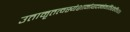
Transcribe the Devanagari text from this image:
उतामृतत्वस्येशानोयदन्नेनातिरोहति॥२॥